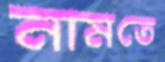
নামতে